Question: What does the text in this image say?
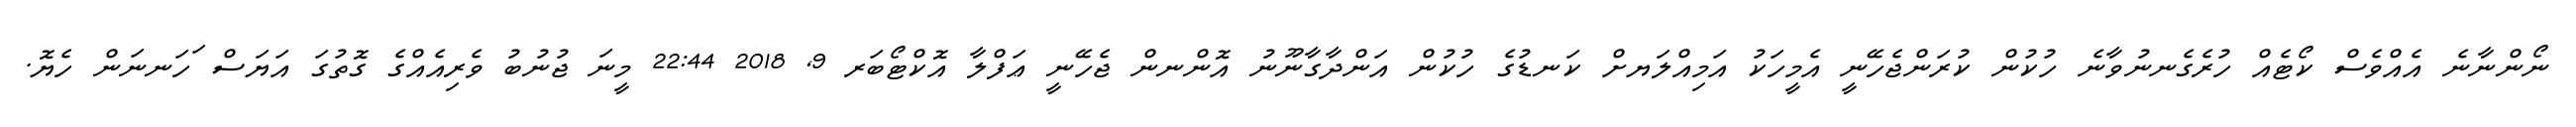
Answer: ނޯންނާނެ އެއްވެސް ކޯޓެއް ހުރެގެނނުވާނެ ހުކުން ކުރަންޖެހޭނީ އެމީހަކު އަމިއްލަޔށް ކަނޑުގެ ހުކުން އަންދާގާނޫނު އޮންނން ޖެހޭނީ ޢަފްލާ އޮކްޓޯބަރ 9, 2018 22:44 މީނަ ޖުނުބު ވެރިއެއްގެ ގޮތުގަ އަޔަސް ަހަނނަން ހެޔޮ.